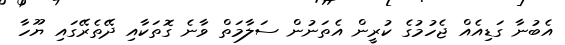
އެބުނާ ގަޑިއެއް ޖެހުމުގެ ކުރީން އެތަނުން ސަލާމަތް ވާނެ ގޮތަކާއި ދޭތެރޭގައި ޔޫހާ